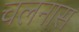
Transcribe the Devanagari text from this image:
चलनास